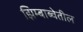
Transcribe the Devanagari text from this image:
झिम्बाब्वेतील